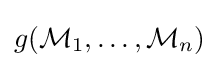
g({\mathcal {M}}_{1},\dots ,{\mathcal {M}}_{n})